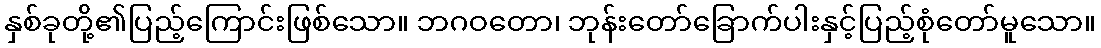
နှစ်ခုတို့၏ပြည့်ကြောင်းဖြစ်သော။ ဘဂဝတော၊ ဘုန်းတော်ခြောက်ပါးနှင့်ပြည့်စုံတော်မူသော။